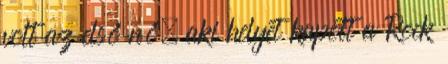
volt az első nő, aki helyet kapott a Rock